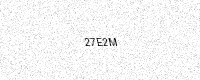
Text: 27E2M